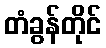
တံခွန်တိုင်